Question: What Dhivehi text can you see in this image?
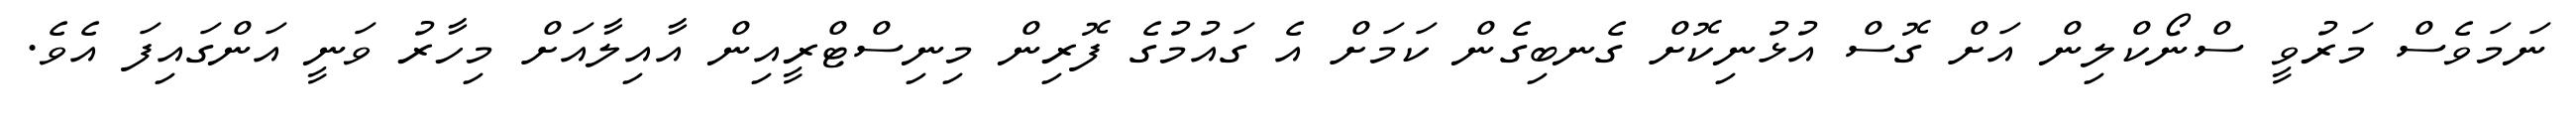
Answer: ނަމަވެސް މަރުވީ ސްނޯކްލިން އަށް ގޮސް އުޅުނިކޮށް ގެނބިގެން ކަމަށް އެ ގައުމުގެ ފޮރިން މިނިސްޓްރީއިން އާއިލާއަށް މިހާރު ވަނީ އަންގައިފަ އެވެ.